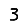
Digit: 3